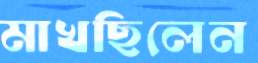
মাখছিলেন